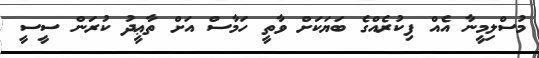
މުސްލިމީނާ އެއް ފިކުރެއްގެ ބަޔަކަށް ވާތީ ހަމާސް އަށް ތާޢީދު ކުރަން ސީސީ